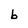
Character: b